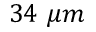
3 4 \ \mu m